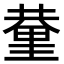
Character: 𨤬